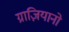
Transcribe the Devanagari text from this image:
ग्राज़ियानो